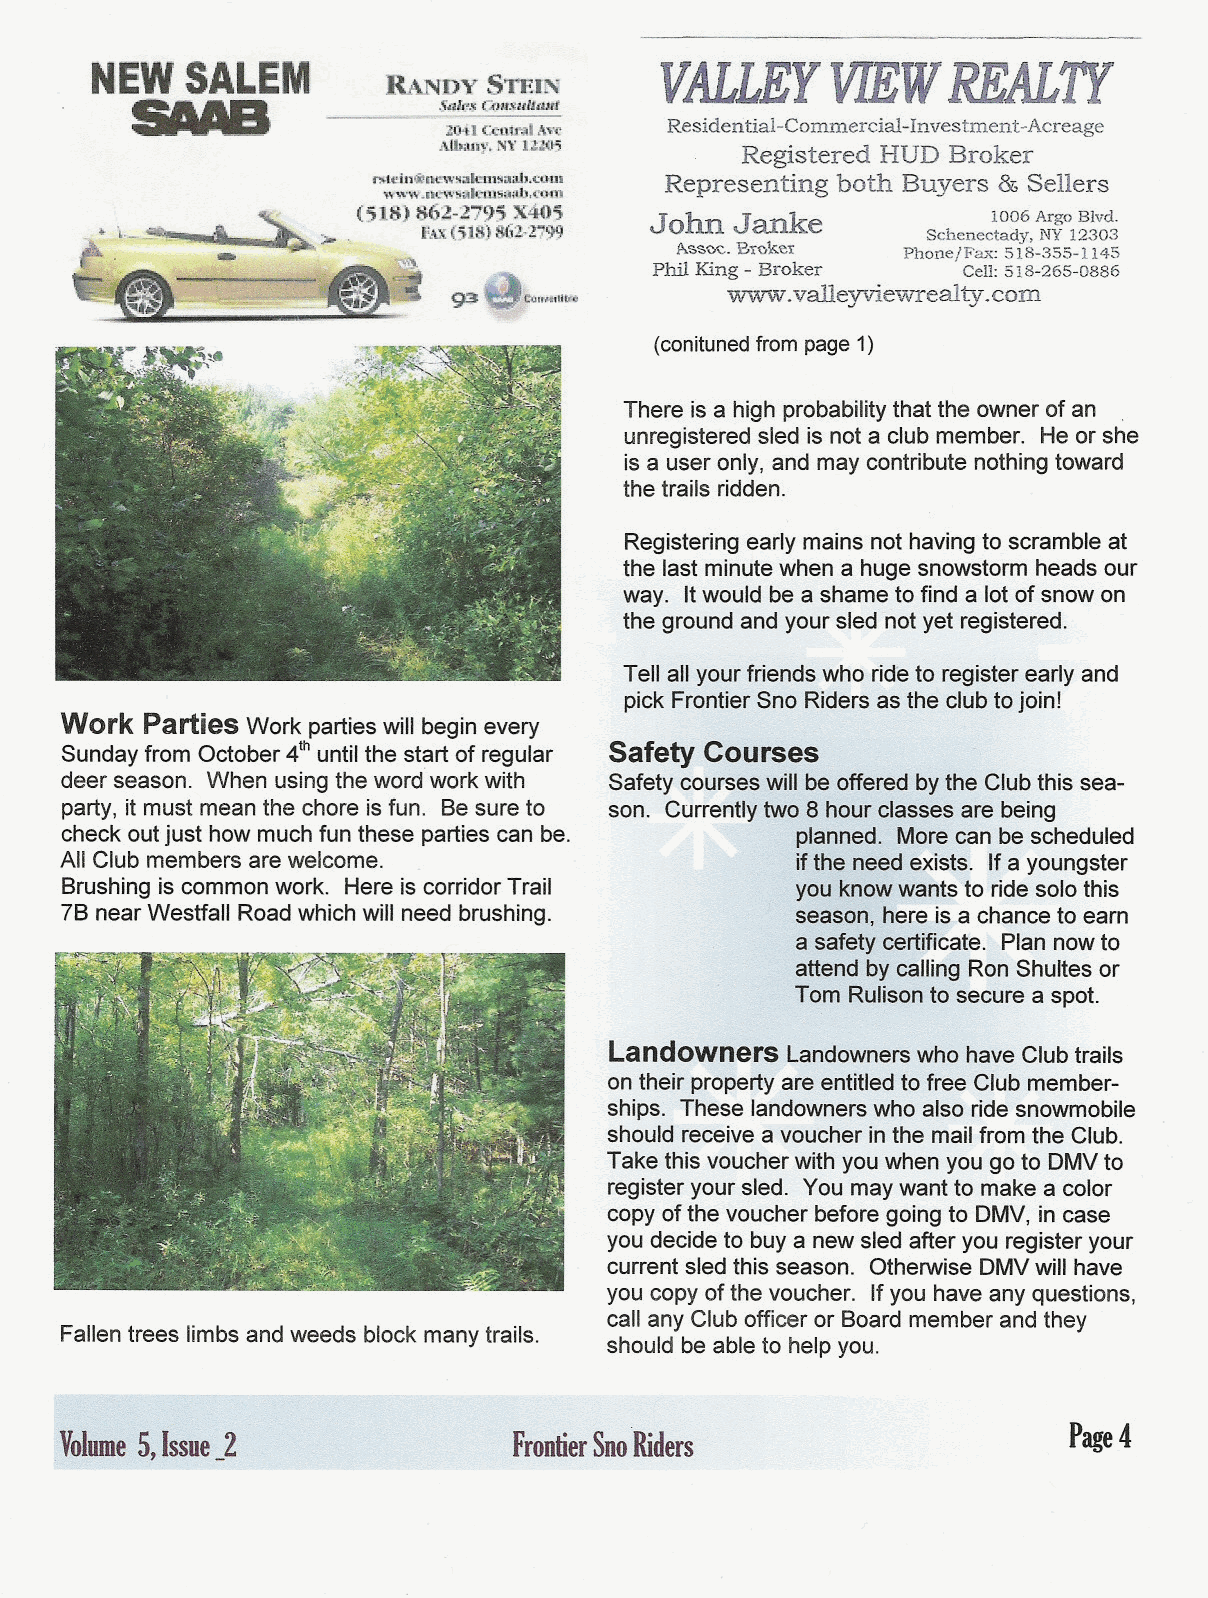
NEWSALEM                              VALLEYVIEWREALTY
 RANDY STEIN
 5MB
 S4W.~t;t11l$.lIlltJlIl
 1041 ~i1tn1l .\vc Residential-Commercial-Investment-Acreage
 A1ban~..N\' 11W5    Registered BUD Broker
 mcln~liew~ilIeu1!laab.':UUI
 Representing both Buyers & Sellers
 www.newsak11!sa.lb.oom
 .eX.      (518)
 86.2-279~X405
 J h   J  k             1006 ArgoBlvd.
 "'\f~~ ~>   ... ..   PAX(51S)S.6V. l79.9. 0 n an e    Schenectady, NY12303
 ..  "                     ~~~OC.BTOk~!   Phone/Fax:518-355-1145
 Phil King - Broker   Cell:518-265-0886
 ~
 _dID        Vol\VW.valleyviewTealty .com
 (conitunedfrom page1)
 Thereisahighprobabilitythattheownerofan
 .
 unregistered sled is nota clubmember. Heorshe
 is a useronly, and maycontribute nothingtoward
 thetrails ridden.
 Registeringearly mainsnot havingto scramble at
 the last minutewhen a hugesnowstorm headsour
 way. Itwould be a shametofind a lotof snow on
 the ground andyour slednotyet registered.
 Tell allyour friendswho rideto register early and
 pick FrontierSno Ridersasthe clubtojoin!
 Work  Parties Work partieswill begin every
 Sundayfrom October 4thuntilthe start of regular Safety Cours~s
 deer season. When usingthe word work with Safety courseswill beofferf~dbythe Clubthis sea-
 party, it must meanthe chore isfun. Besureto son. Currentlytwo 8 hourclasses are being
 check outjust how muchfun these partiescan be.   planned. ~ore can be scheduled
 All Club members arewelcome.
 iftt1~n~ed exists. If a youngster
 Brushing is commonwork. Here is corridor Trail   you knowwantsto ridesolothis
 7B nearWestfall Roadwhichwill needbrushing.      season, hereJs a chanceto earn
 a safety certificate. Plannowto
 attend bycalling RonShultes or
 Tom Rulisonto securea spot.
 landowners  Landownerswho haveClubtrails
 ontheir propertyareentitledto free Club member-
 ships. These landownerswho alsoride snowmobile
 should receiveavoucher inthe mailfrom the Club.
 Take this voucherwith youwhen yougo to DMVto
 register your sled. You maywantto make a color
 copy ofthe voucher beforegoingto DMV,incase
 youdecide to buya newsledafter you register your
 current sledthis season. Otherwise DMVwill have
 you copy ofthevoucher. Ifyou have anyquestions,
 call anyClubofficer or Boardmember andthey
 Fallen trees limbs and weeds block many trails.
 should be ableto helpyou.
 Volume 5,Issue_2              FrontierSnoRiders                    Page4